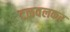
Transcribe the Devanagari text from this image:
टळवलकर